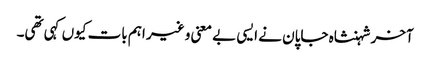
آخر شہنشاہ جاپان نے ایسی بے معنی و غیر اہم بات کیوں کہی تھی۔